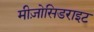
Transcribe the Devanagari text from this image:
मीज़ोसिडराइट